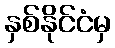
နှစ်နိုင်ငံမှ